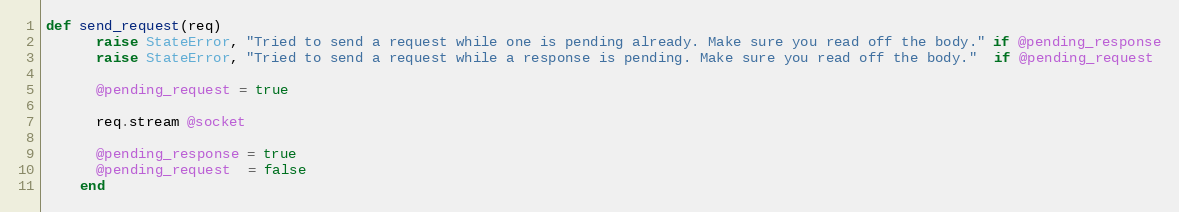
Language: Ruby
def send_request(req)
      raise StateError, "Tried to send a request while one is pending already. Make sure you read off the body." if @pending_response
      raise StateError, "Tried to send a request while a response is pending. Make sure you read off the body."  if @pending_request

      @pending_request = true

      req.stream @socket

      @pending_response = true
      @pending_request  = false
    end